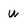
Character: w